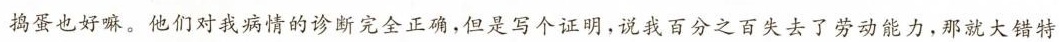
捣蛋也好嘛。他们对我病情的诊断完全正确，但是写个证明，说我百分之百失去了劳动能力，那就大错特